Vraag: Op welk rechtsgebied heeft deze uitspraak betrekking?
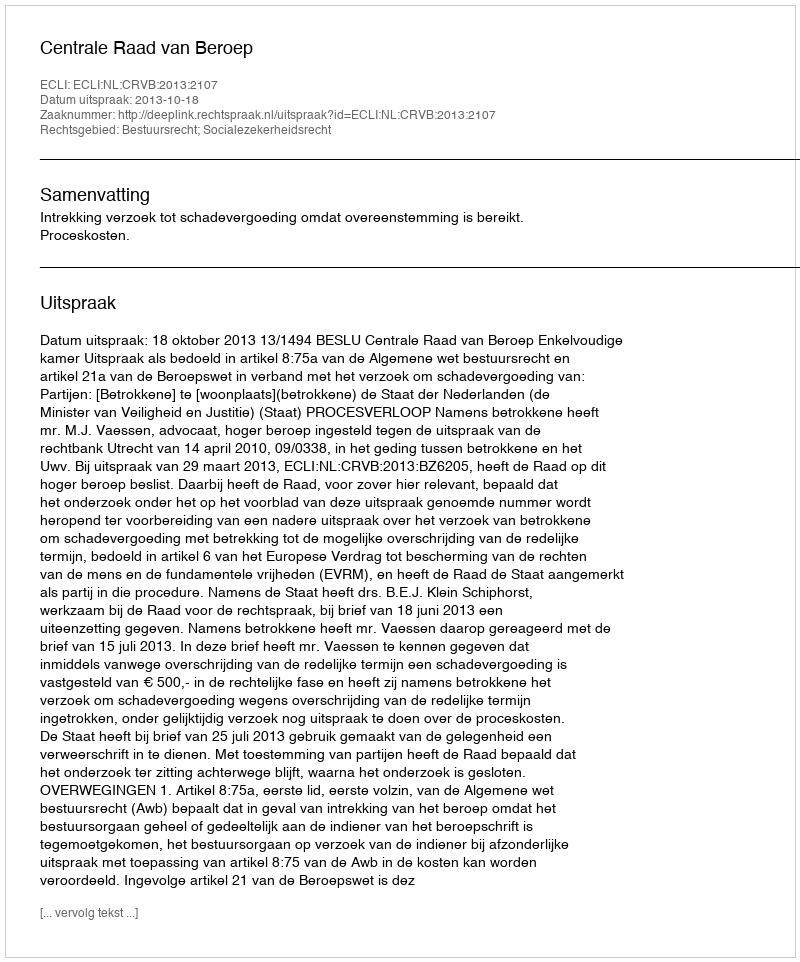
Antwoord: Bestuursrecht; Socialezekerheidsrecht